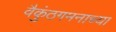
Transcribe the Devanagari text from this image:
वैकुंठगमनाच्या